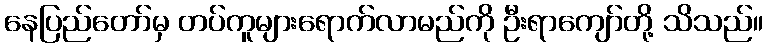
နေပြည်တော်မှ တပ်ကူများရောက်လာမည်ကို ဦးရာကျော်တို့ သိသည်။